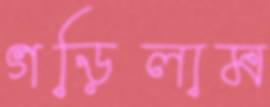
গড়িলাম